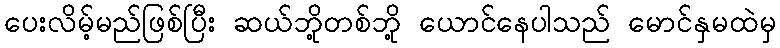
ပေးလိမ့်မည်ဖြစ်ပြီး ဆယ်ဘို့တစ်ဘို့ ယောင်နေပါသည် မောင်နှမထဲမှ